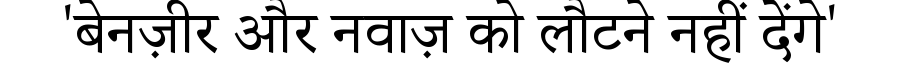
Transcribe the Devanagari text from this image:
'बेनज़ीर और नवाज़ को लौटने नहीं देंगे'